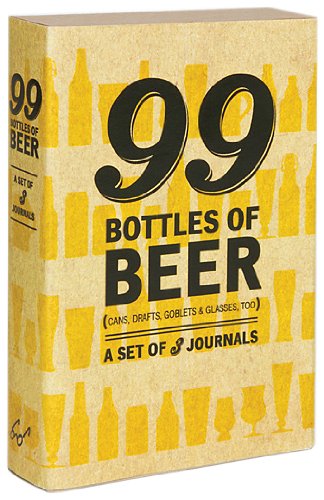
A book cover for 99 Bottles of Beer Journal Set; Dave Selden; Cookbooks, Food & Wine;